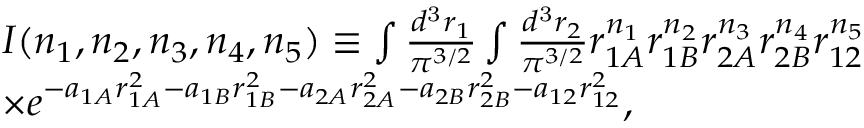
\begin{array} { r l } & { I ( n _ { 1 } , n _ { 2 } , n _ { 3 } , n _ { 4 } , n _ { 5 } ) \equiv \int \frac { d ^ { \mathrm { 3 } } r _ { 1 } } { \pi ^ { 3 / 2 } } \int \frac { d ^ { \mathrm { 3 } } r _ { 2 } } { \pi ^ { 3 / 2 } } r _ { 1 A } ^ { n _ { 1 } } r _ { 1 B } ^ { n _ { 2 } } r _ { 2 A } ^ { n _ { 3 } } r _ { 2 B } ^ { n _ { 4 } } r _ { 1 2 } ^ { n _ { 5 } } } \\ & { \times e ^ { - a _ { 1 A } r _ { 1 A } ^ { 2 } - a _ { 1 B } r _ { 1 B } ^ { 2 } - a _ { 2 A } r _ { 2 A } ^ { 2 } - a _ { 2 B } r _ { 2 B } ^ { 2 } - a _ { 1 2 } r _ { 1 2 } ^ { 2 } } , } \end{array}